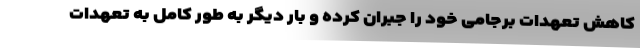
کاهش تعهدات برجامی خود را جبران کرده و بار دیگر به طور کامل به تعهدات